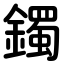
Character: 鐲